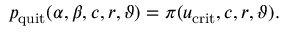
p _ { \mathrm { q u i t } } ( \alpha , \beta , c , r , \vartheta ) = \pi ( u _ { \mathrm { c r i t } } , c , r , \vartheta ) .